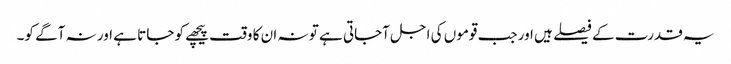
یہ قدرت کے فیصلے ہیں اور جب قوموں کی اجل آجاتی ہے تو نہ ان کا وقت پیچھے کو جاتا ہے اور نہ آگے کو۔